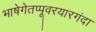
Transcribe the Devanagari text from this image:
भाषेगेतप्पूवरयारगंदा